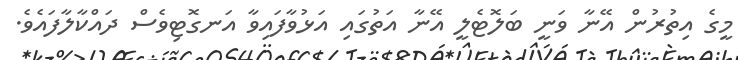
މީގެ އިތުރުން އޭނާ ވަނީ ބަލޮޓެލީ އޭނާ އަތުގައި އަޅުވާފައިވާ އަނގޮޓިވެސް ދައްކާލާފައެވެ.